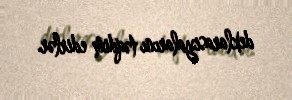
deklarasiyalarını təqdim edirlər.